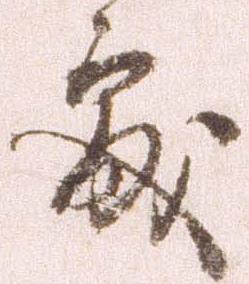
処